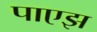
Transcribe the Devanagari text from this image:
पाएझ